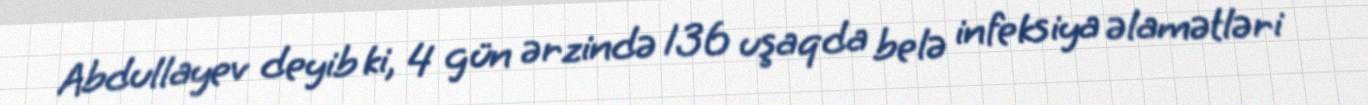
Abdullayev deyib ki, 4 gün ərzində 136 uşaqda belə infeksiya əlamətləri